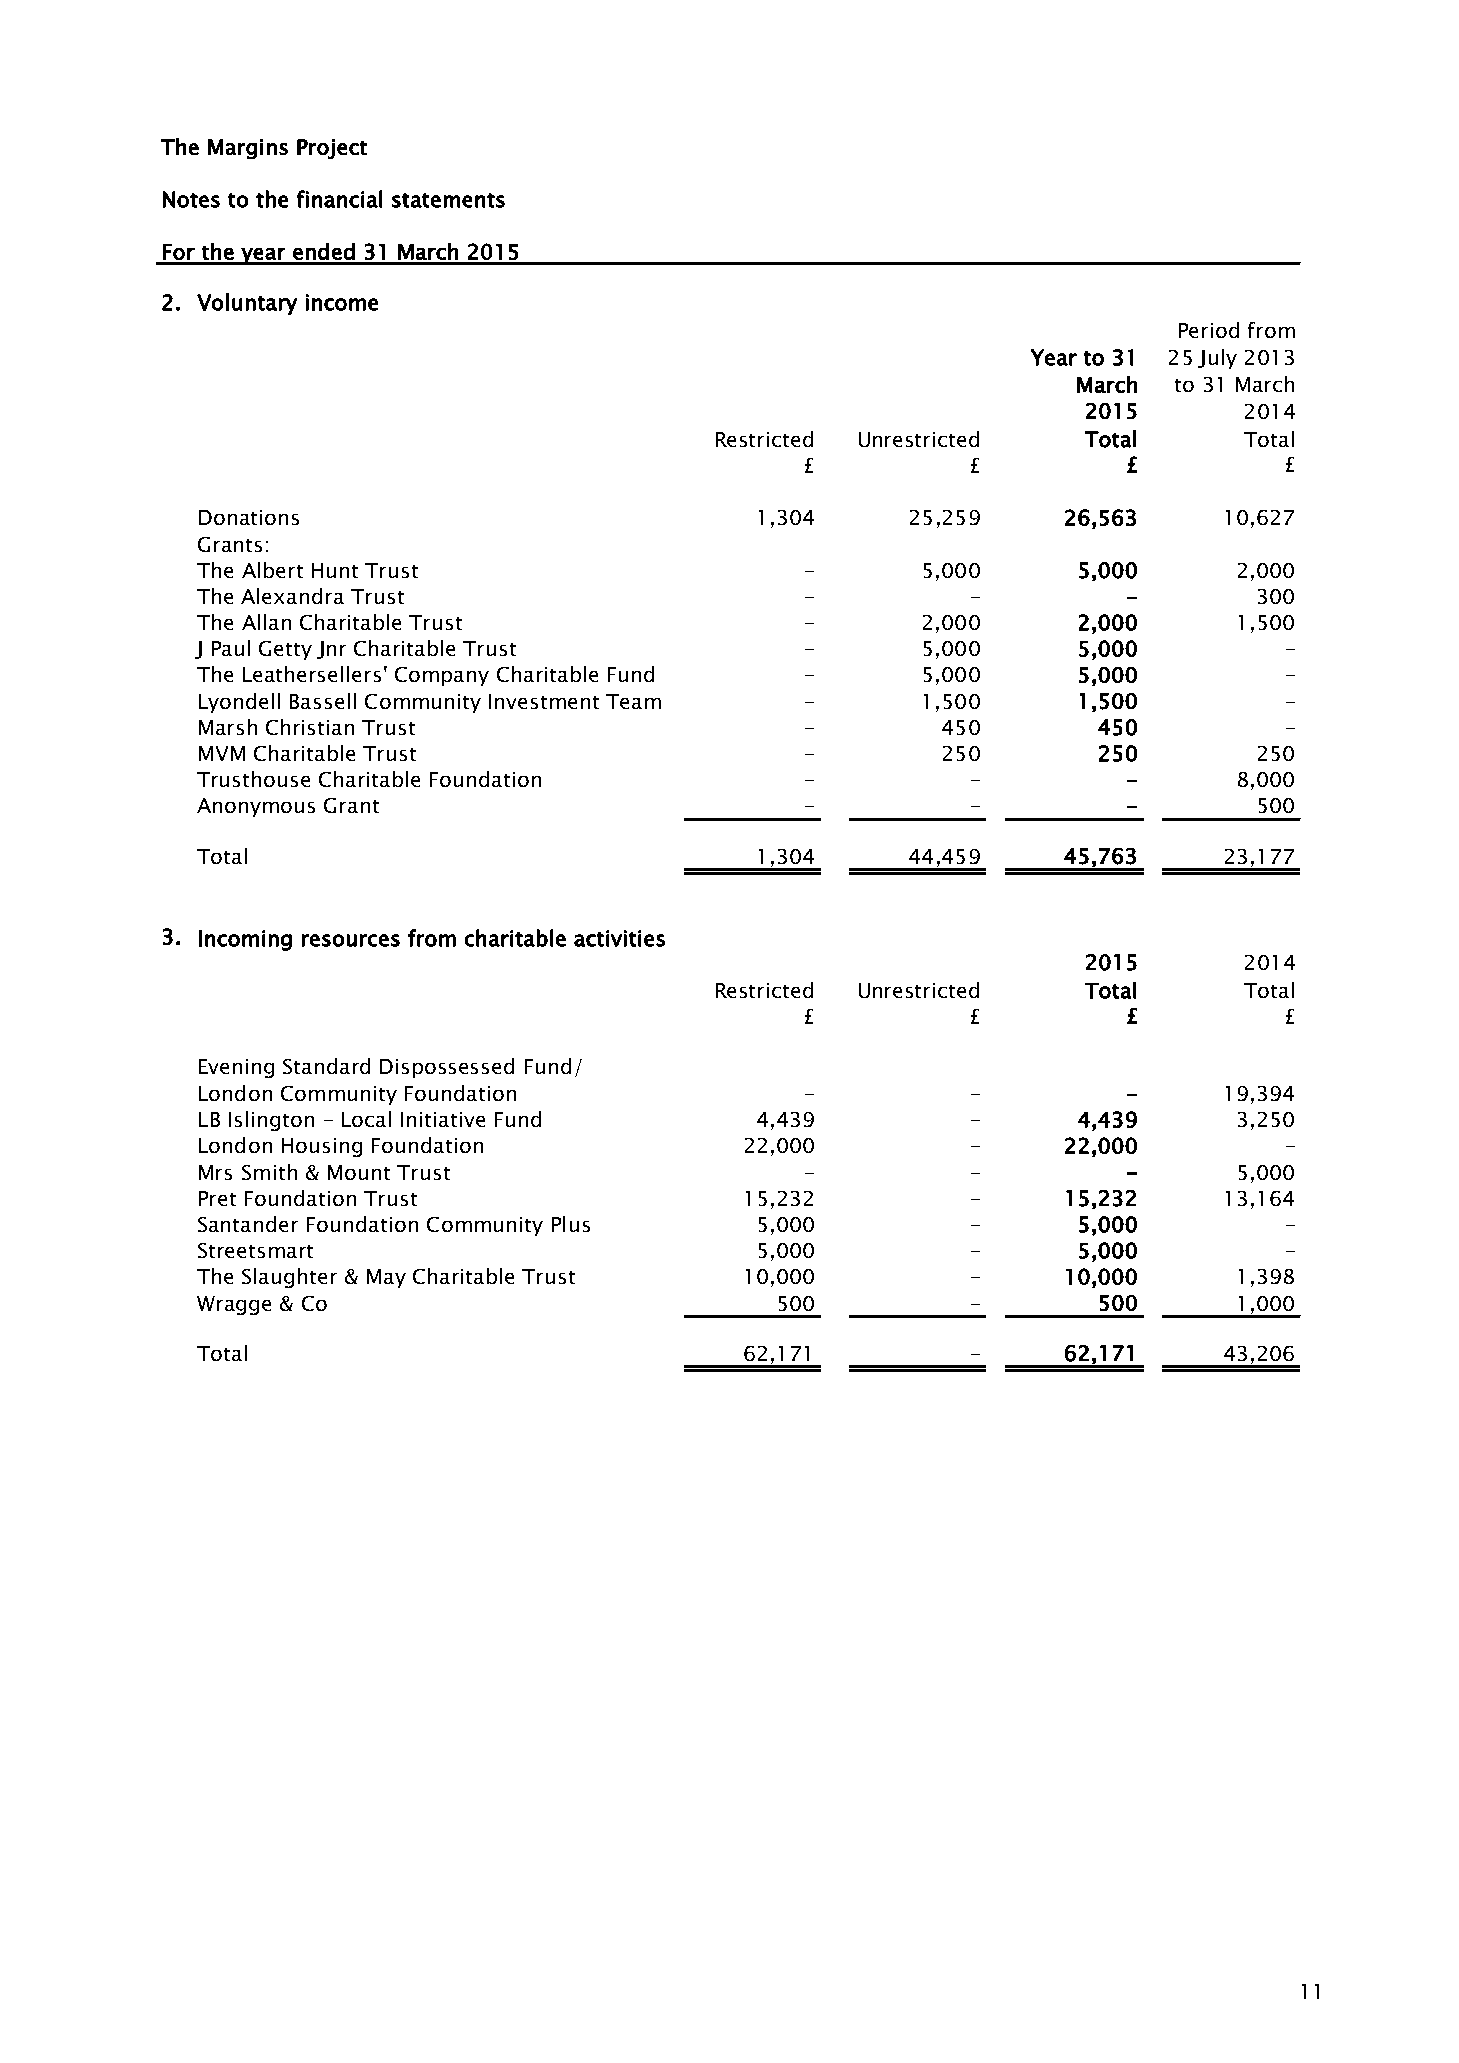
The Margins Project
 Notes to the financial statements
 For the year ended 31 March 2015
 2. Voluntary income
 Period from
 Year to 31 25 July 2013
 March  to 31 March
 2015      2014
 Restricted Unrestricted  Total     Total
 £          £         £          £
 Donations                            1,304     25,259    26,563     10,627
 Grants:
 The Albert Hunt Trust                   -       5,000     5,000      2,000
 The Alexandra Trust                     -          -          -       300
 The Allan Charitable Trust              -       2,000     2,000      1,500
 J Paul Getty Jnr Charitable Trust       -       5,000     5,000         -
 The Leathersellers' Company Charitable Fund -   5,000     5,000         -
 Lyondell Bassell Community Investment Team -    1,500     1,500         -
 Marsh Christian Trust                   -        450        450         -
 MVM Charitable Trust                    -        250        250       250
 Trusthouse Charitable Foundation        -          -          -      8,000
 Anonymous Grant                         -          -          -       500
 Total                                1,304     44,459    45,763     23,177
 3. Incoming resources from charitable activities
 2015      2014
 Restricted Unrestricted  Total     Total
 £          £         £          £
 Evening Standard Dispossessed Fund/
 London Community Foundation             -          -          -     19,394
 LB Islington - Local Initiative Fund 4,439         -      4,439      3,250
 London Housing Foundation           22,000         -     22,000         -
 Mrs Smith & Mount Trust                 -          -          -      5,000
 Pret Foundation Trust               15,232         -     15,232     13,164
 Santander Foundation Community Plus  5,000         -      5,000         -
 Streetsmart                          5,000         -      5,000         -
 The Slaughter & May Charitable Trust 10,000        -     10,000      1,398
 Wragge & Co                           500          -        500      1,000
 Total                               62,171         -     62,171     43,206
 11